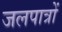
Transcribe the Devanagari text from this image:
जलपात्रों